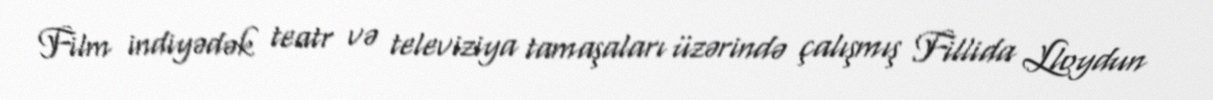
Film indiyədək teatr və televiziya tamaşaları üzərində çalışmış Fillida Lloydun